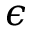
\epsilon